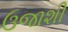
ઉજાશી